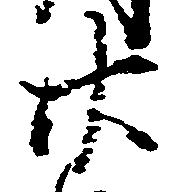
廿